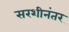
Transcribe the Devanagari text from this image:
सरशीनंतर